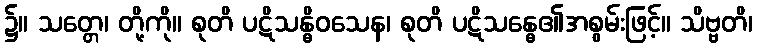
၌။ သတ္တေ၊ တို့ကို။ စုတိ ပဋိသန္ဓိဝသေန၊ စုတိ ပဋိသန္ဓေ၏အစွမ်းဖြင့်။ သိဗ္ဗတိ၊